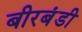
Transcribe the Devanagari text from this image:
बीरबंडी